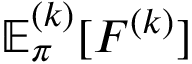
\mathbb { E } _ { \pi } ^ { ( k ) } [ F ^ { ( k ) } ]